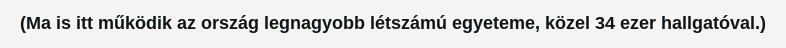
(Ma is itt működik az ország legnagyobb létszámú egyeteme, közel 34 ezer hallgatóval.)